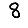
Digit: 8